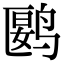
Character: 𬸘